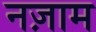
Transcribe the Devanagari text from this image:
नज़ाम